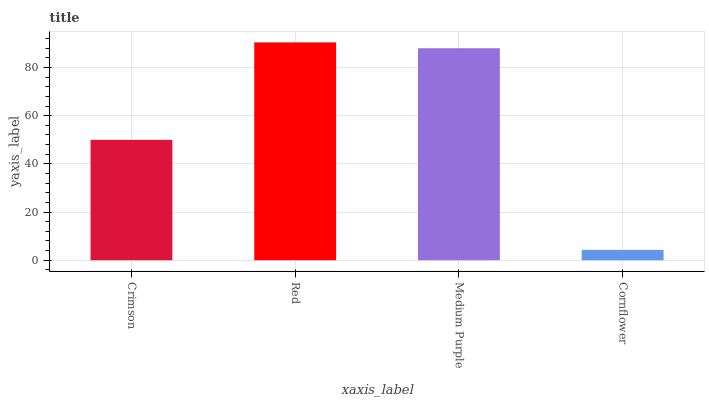
| xaxis_label | bars |
 | --- | --- |
 | Crimson | 50 |
 | Red | 90.4 |
 | Medium Purple | 88 |
 | Cornflower | 4.29 |